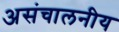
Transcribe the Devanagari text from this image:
असंचालनीय